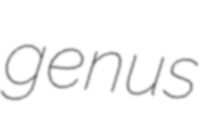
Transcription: genus